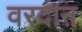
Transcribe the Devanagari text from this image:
वरदाऩ